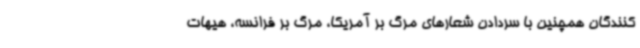
کنندگان همچنین با سردادن شعارهای مرگ بر آمریکا، مرگ بر فرانسه، هیهات